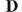
D